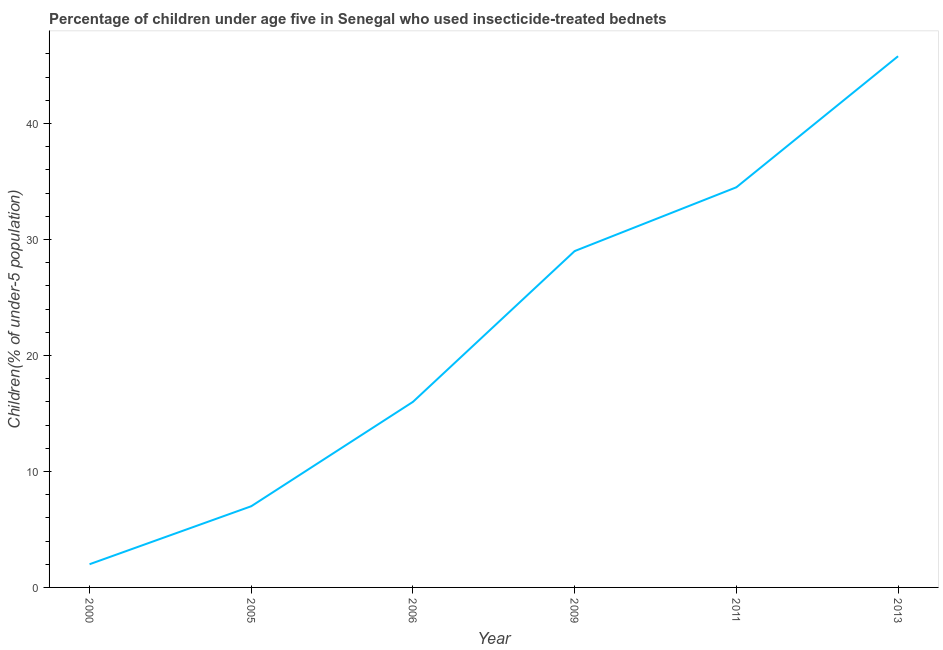
| Year | Use of insecticide-treated bed nets (% of under-5 population) |
 | --- | --- |
 | 2000 | 2 |
 | 2005 | 7 |
 | 2006 | 16 |
 | 2009 | 29 |
 | 2011 | 34.5 |
 | 2013 | 45.8 |